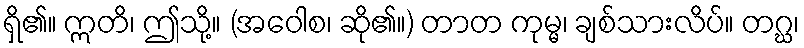
ရှိ၏။ ဣတိ၊ ဤသို့။ (အဝေါစ၊ ဆို၏။) တာတ ကုမ္မ၊ ချစ်သားလိပ်။ တဂ္ဃ၊